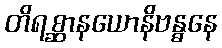
တိရစ္ဆာနယောနိဗန္ဓနေ